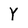
Character: Y